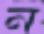
ন